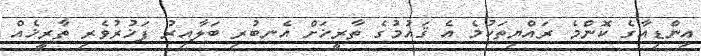
އިންޑިއާގެ ކޮންމެ ރައްޔިތަކުމެ އެ ޤައުމުގެ ތާރީޚަށް އެނބުރި ބަލާއިރު ފަޚުރުވެރި ތާރީޚެއް